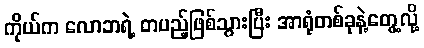
ကိုယ်က လောဘရဲ့ တပည့်ဖြစ်သွားပြီး အာရုံတစ်ခုနဲ့တွေ့လို့